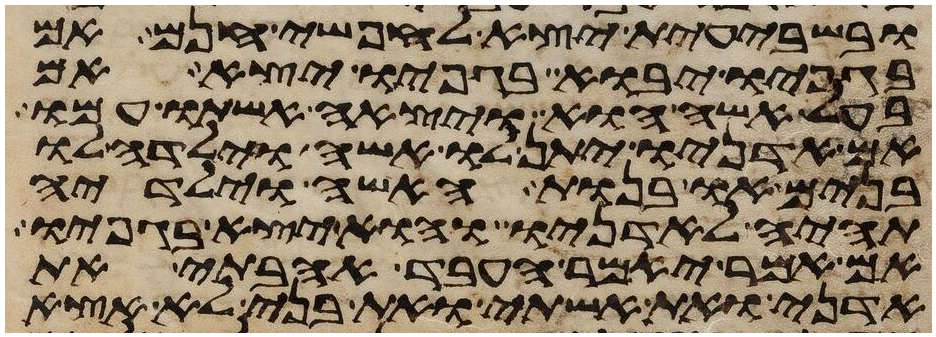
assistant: ובשבעית יצא לחפשי חנם אם
בגפיו יבוא בגפיו יצא אם
בעל אשה הוא ויצאה אשתו עמו
אם אדניו יתן לו אשה וילדה לו
בנים או בנות האשה וילידיה
תהיה לאדניו והוא יצא בגפיו
אם אמר יאמר העבד אהבתי את
אדני את אשתי ואת בני לא אצא